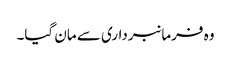
وہ فرمانبرداری سے مان گیا۔